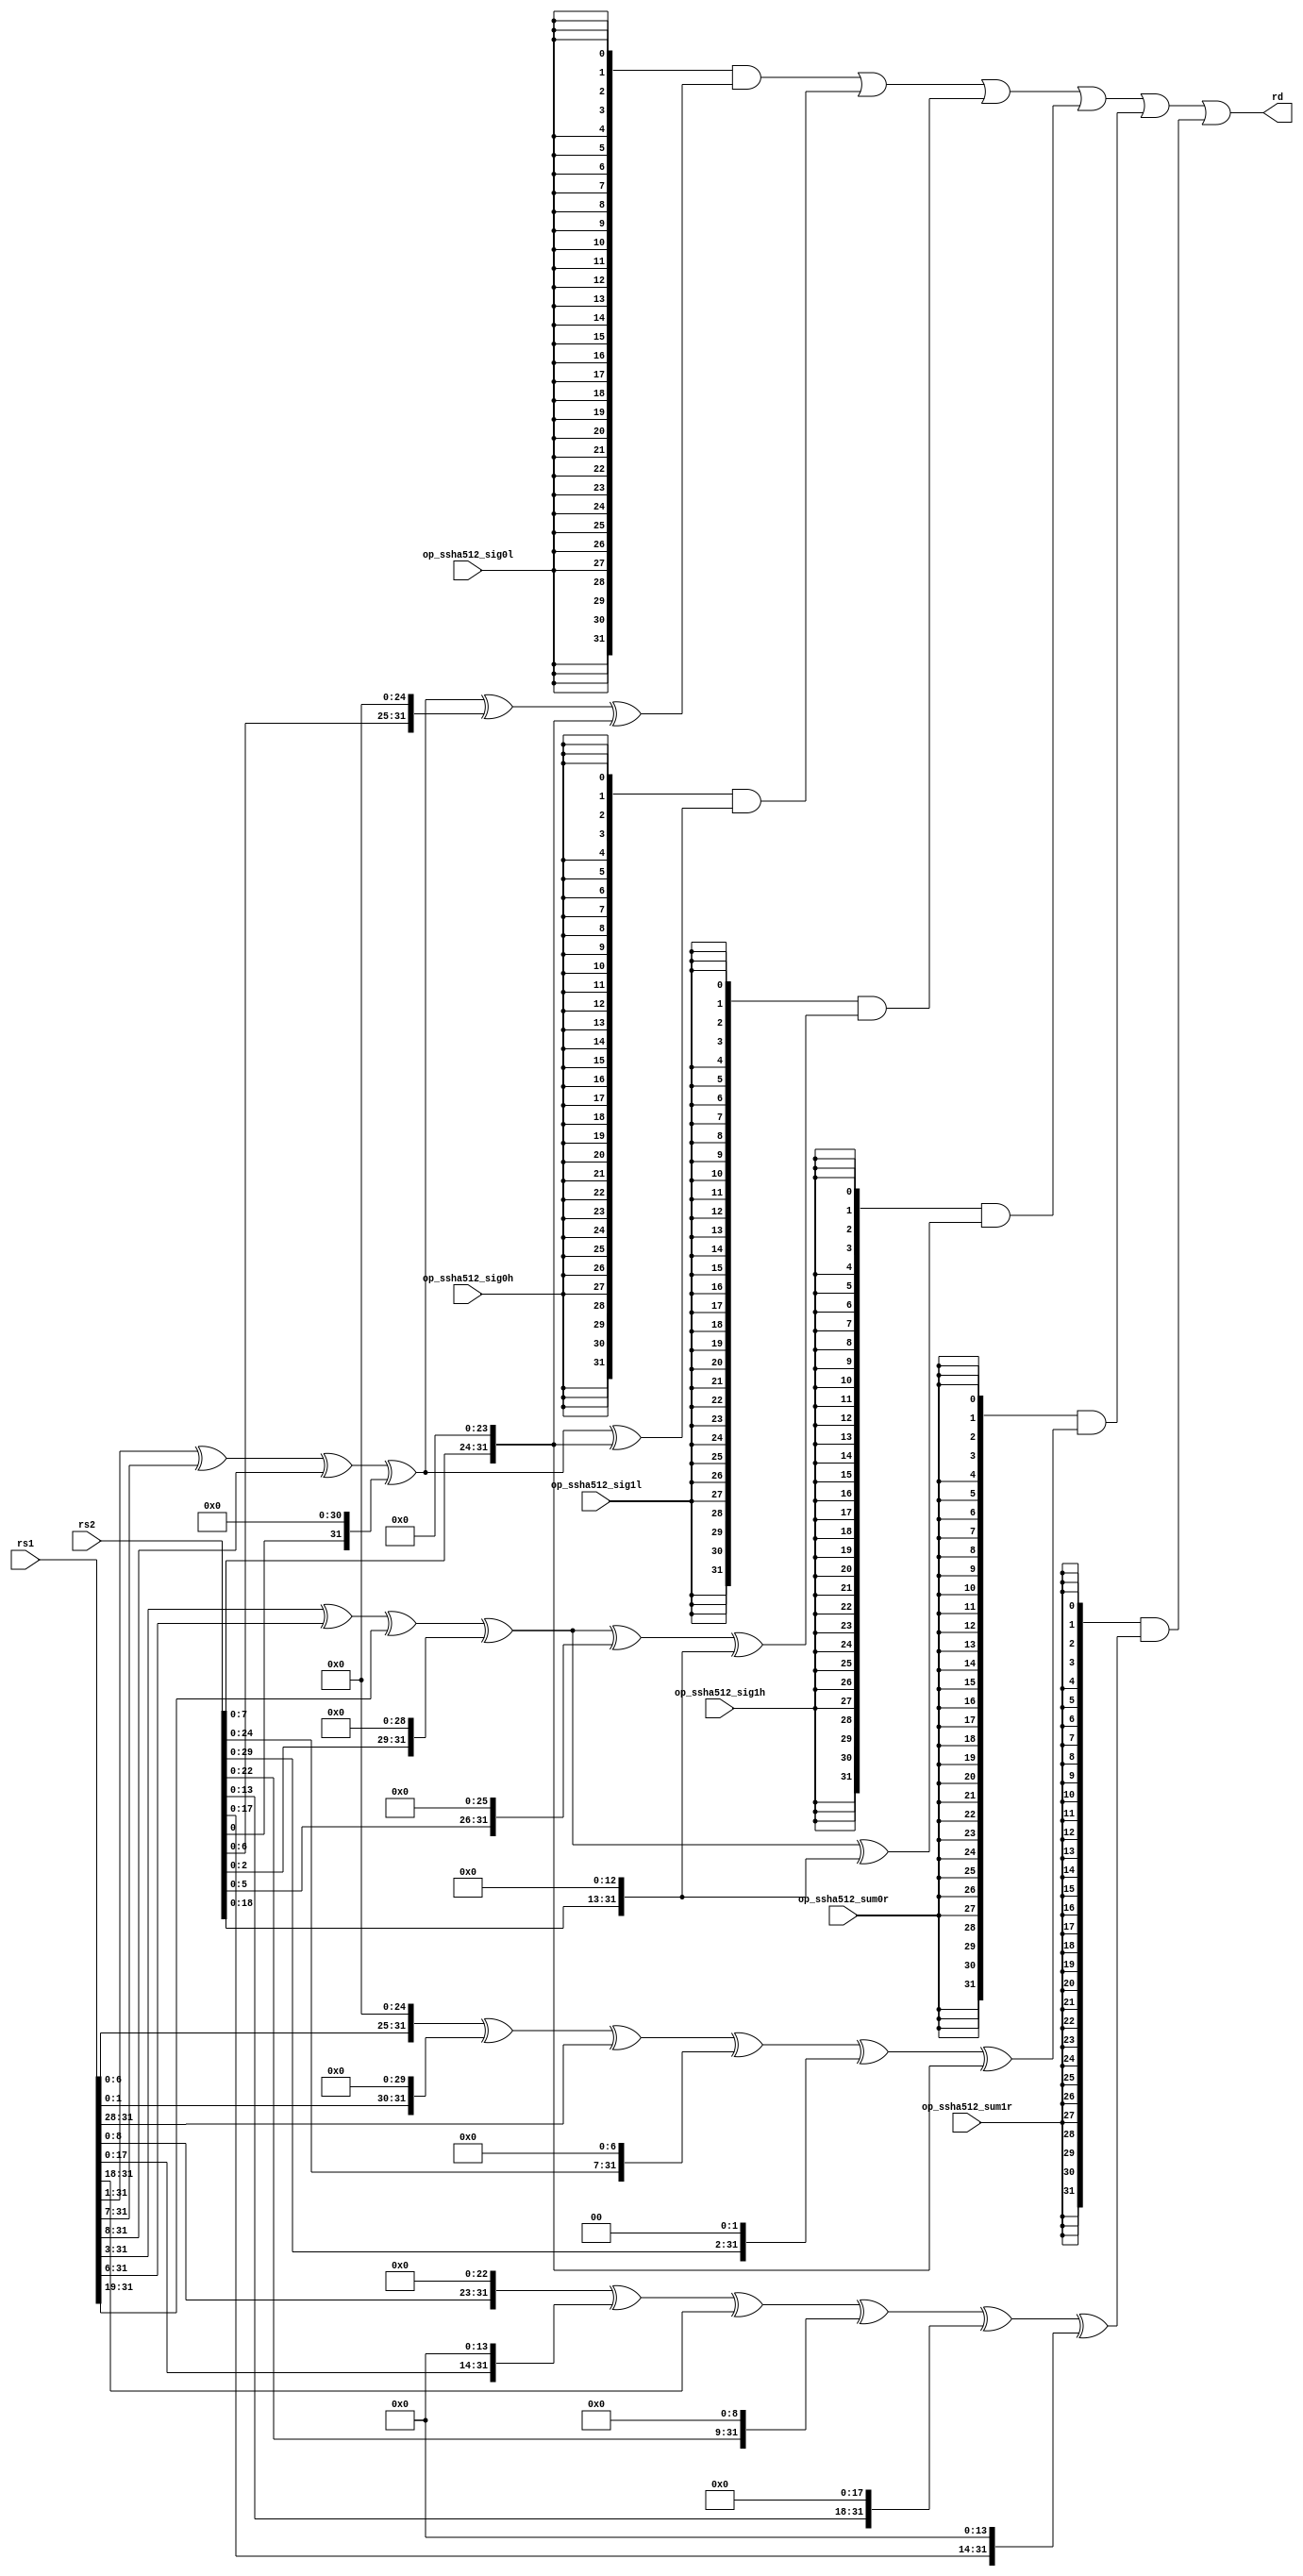
module riscv_crypto_fu_ssha512 (rs1, rs2,
op_ssha512_sum0r, op_ssha512_sum1r, op_ssha512_sig0l, op_ssha512_sig0h, op_ssha512_sig1l, op_ssha512_sig1h, rd);

input [31:0] rs1; // Source register 1.
input [31:0] rs2; // Source register 1.

input op_ssha512_sum0r; // RV32 SHA512 Sum 0
input op_ssha512_sum1r; // RV32 SHA512 Sum 1
input op_ssha512_sig0l; // RV32 SHA512 Sigma 0 low
input op_ssha512_sig0h; // RV32 SHA512 Sigma 0 high
input op_ssha512_sig1l; // RV32 SHA512 Sigma 1 low
input op_ssha512_sig1h; // RV32 SHA512 Sigma 1 high

output [31:0] rd;                // Result.

wire [31:0] ssha512_sum0r, ssha512_sum1r, ssha512_sig0l, ssha512_sig0h, ssha512_sig1l, ssha512_sig1h;

//
// Local/internal parameters and useful defines:
// ------------------------------------------------------------

`define ROR32(a,b) ((a >> b) | (a << 32-b))
`define SRL32(a,b) ((a >> b)              )
`define SLL32(a,b) ((a << b)              )

//
// Instruction logic
// ------------------------------------------------------------

// Single cycle instructions.
assign ssha512_sum0r = `SLL32(rs1,25)^`SLL32(rs1,30)^`SRL32(rs1,28)^
                                `SLL32(rs2, 7)^`SLL32(rs2, 2)^`SLL32(rs2,24);
    
assign ssha512_sum1r = `SLL32(rs1,23)^`SLL32(rs1,14)^`SRL32(rs1,18)^
                                `SLL32(rs2, 9)^`SLL32(rs2,18)^`SLL32(rs2,14);
    
assign ssha512_sig0l = `SRL32(rs1, 1)^`SRL32(rs1, 7)^`SRL32(rs1, 8)^
                                `SLL32(rs2,31)^`SLL32(rs2,25)^`SLL32(rs2,24);
    
assign ssha512_sig0h = `SRL32(rs1, 1)^`SRL32(rs1, 7)^`SRL32(rs1, 8)^
                                `SLL32(rs2,31)               ^`SLL32(rs2,24);
    
assign ssha512_sig1l = `SRL32(rs1, 3)^`SRL32(rs1, 6)^`SRL32(rs1,19)^
                                `SLL32(rs2,29)^`SLL32(rs2,26)^`SLL32(rs2,13);
    
assign ssha512_sig1h = `SRL32(rs1, 3)^`SRL32(rs1, 6)^`SRL32(rs1,19)^
                                `SLL32(rs2,29)               ^`SLL32(rs2,13);

assign rd =
        {32{op_ssha512_sig0l}} & ssha512_sig0l   |
        {32{op_ssha512_sig0h}} & ssha512_sig0h   |
        {32{op_ssha512_sig1l}} & ssha512_sig1l   |
        {32{op_ssha512_sig1h}} & ssha512_sig1h   |
        {32{op_ssha512_sum0r}} & ssha512_sum0r   |
        {32{op_ssha512_sum1r}} & ssha512_sum1r   ;
        

//
// Clean up macro definitions
// ------------------------------------------------------------

`undef ROR32
`undef SRL32
`undef SLL32


endmodule